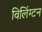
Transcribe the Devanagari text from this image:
विलिंग्टन